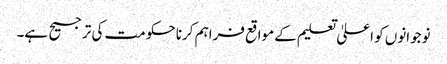
نوجوانوں کو اعلیٰ تعلیم کے مواقع فراہم کرنا حکومت کی ترجیح ہے۔